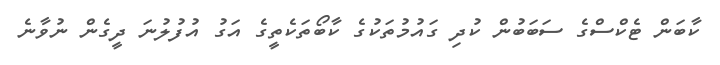
ކާބަން ޓެކްސްގެ ސަބަބުން ކުދި ގައުމުތަކުގެ ކާބޯތަކެތީގެ އަގު އުފުލުނަ ދީގެން ނުވާނެ